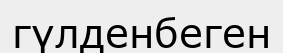
гүлденбеген